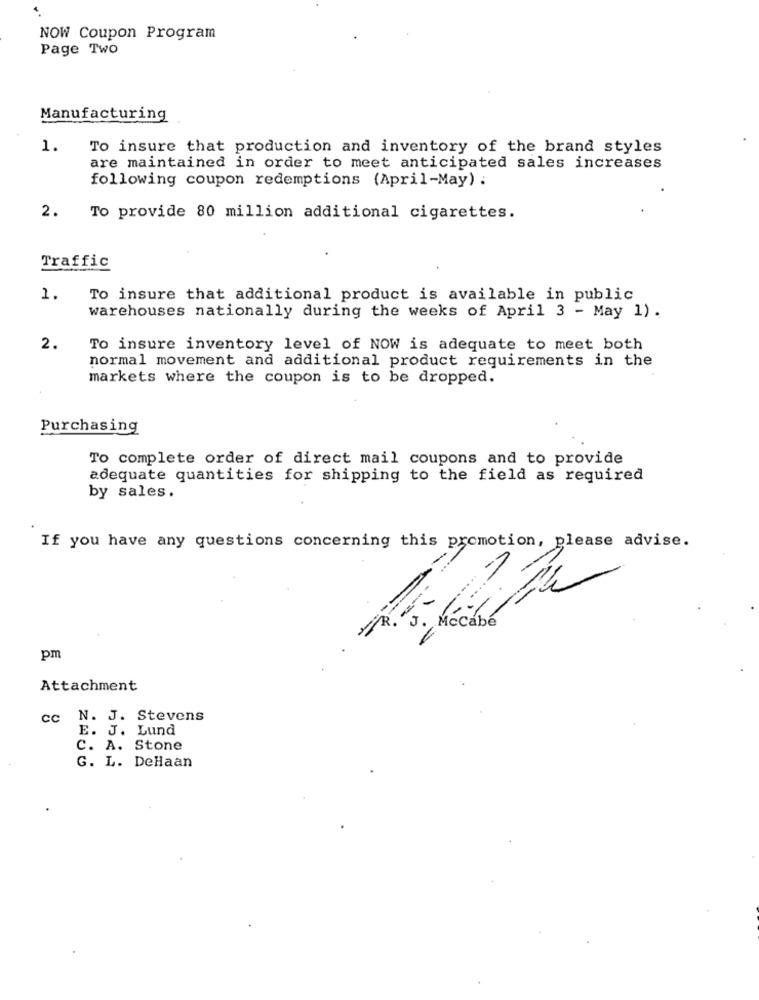
NOW Coupon Program
Page Two
Manufacturing
1.
To insure that production and inventory of the brand styles
are maintained in order to meet anticipated sales increases
following coupon redemptions (April-May) :
2.
To provide 80 million additional cigarettes.
Traffic
1.
To insure that additional product is available in public
warehouses nationally during the weeks of April 3 - May 1) .
2.
To insure inventory level of NOW is adequate to meet both
normal movement and additional product requirements in the
markets where the coupon is to be dropped.
Purchasing
To complete order of direct mail coupons and to provide
adequate quantities for shipping to the field as required
by sales.
If you have any questions concerning this promotion, please advise.
-- >
J. Mccabe
pm
Attachment
cc N. J. Stevens
E. J. Lund
C. A. Stone
G. L. DeHaan